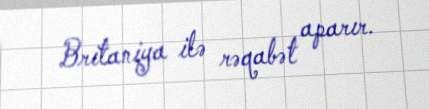
Britaniya ilə rəqabət aparır.